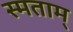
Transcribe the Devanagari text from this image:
स्मताम्